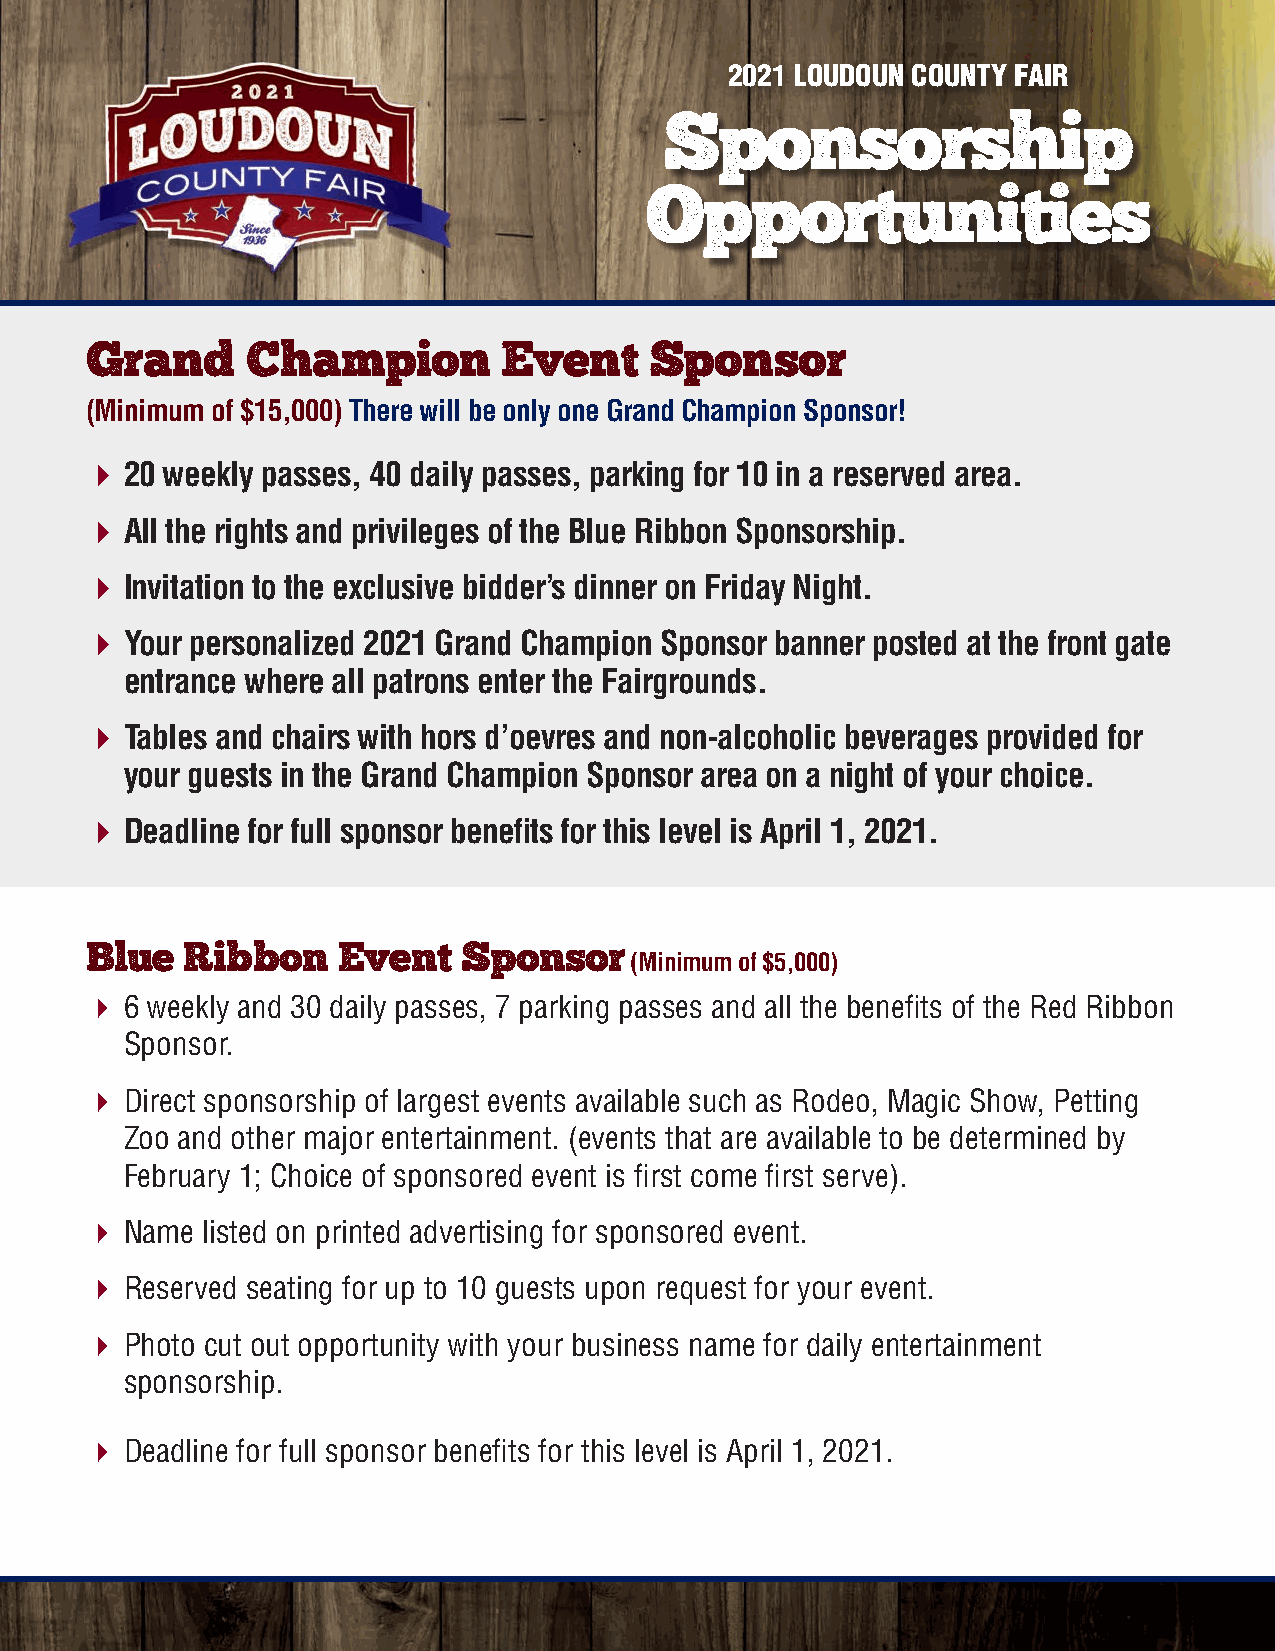
2021 LOUDOUN COUNTY FAIR
 Sponsorship
 Opportunities
 Grand     Champion         Event     Sponsor
 (Minimum of $15,000) There will be only one Grand Champion Sponsor!
  20 weekly passes, 40 daily passes, parking for 10 in a reserved area.
  All the rights and privileges of the Blue Ribbon Sponsorship.
  Invitation to the exclusive bidder’s dinner on Friday Night.
  Your personalized 2021 Grand Champion Sponsor banner posted at the front gate
 entrance where all patrons enter the Fairgrounds.
  Tables and chairs with hors d’oevres and non-alcoholic beverages provided for
 your guests in the Grand Champion Sponsor area on a night of your choice.
  Deadline for full sponsor benefits for this level is April 1, 2021.
 Blue  Ribbon    Event    Sponsor
 (Minimum of $5,000)
  6 weekly and 30 daily passes, 7 parking passes and all the benefits of the Red Ribbon
 Sponsor.
  Direct sponsorship of largest events available such as Rodeo, Magic Show, Petting
 Zoo and other major entertainment. (events that are available to be determined by
 February 1; Choice of sponsored event is first come first serve).
  Name listed on printed advertising for sponsored event.
  Reserved seating for up to 10 guests upon request for your event.
  Photo cut out opportunity with your business name for daily entertainment
 sponsorship.
  Deadline for full sponsor benefits for this level is April 1, 2021.